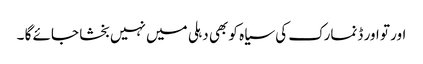
اور تو اور ڈنمارک کی سیاہ کو بھی دہلی میں نہیں بخشا جائے گا ۔